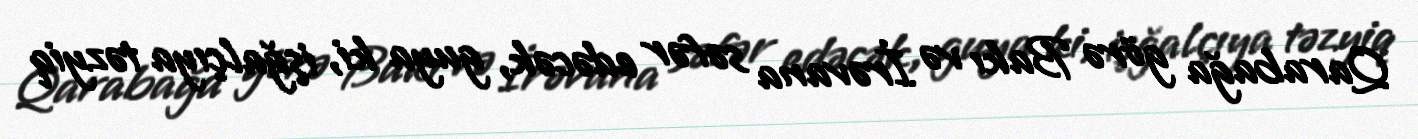
Qarabağa görə Bakı və İrəvana səfər edəcək, guya ki, işğalçıya təzyiq